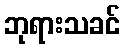
ဘုရားသခင်